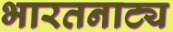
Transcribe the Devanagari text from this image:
भारतनाट्य